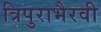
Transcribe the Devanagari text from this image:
त्रिपुराभैरवी